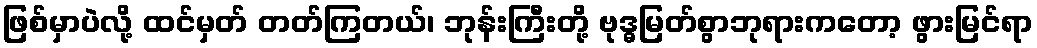
ဖြစ်မှာပဲလို့ ထင်မှတ် တတ်ကြတယ်၊ ဘုန်းကြီးတို့ ဗုဒ္ဓမြတ်စွာဘုရားကတော့ ဖွားမြင်ရာ